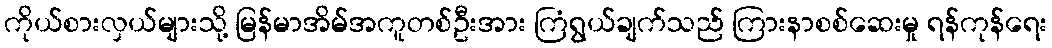
ကိုယ်စားလှယ်များသို့ မြန်မာအိမ်အကူတစ်ဦးအား ကြံရွယ်ချက်သည် ကြားနာစစ်ဆေးမှု ရန်ကုန်ရေး